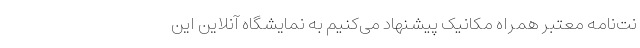
نت‌نامه معتبر همراه مکانیک پیشنهاد می‌کنیم به نمایشگاه آنلاین این